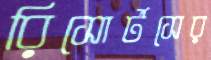
রিসোর্টসের